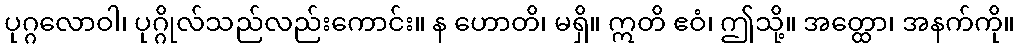
ပုဂ္ဂလောဝါ၊ ပုဂ္ဂိုလ်သည်လည်းကောင်း။ န ဟောတိ၊ မရှိ။ ဣတိ ဧဝံ၊ ဤသို့။ အတ္ထော၊ အနက်ကို။